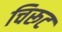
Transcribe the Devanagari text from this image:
चिरूट